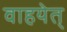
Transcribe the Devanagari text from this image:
वाहयेत्